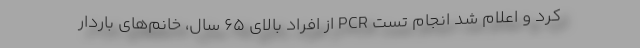
کرد و اعلام شد انجام تست PCR از افراد بالای ۶۵ سال، خانم‌های باردار